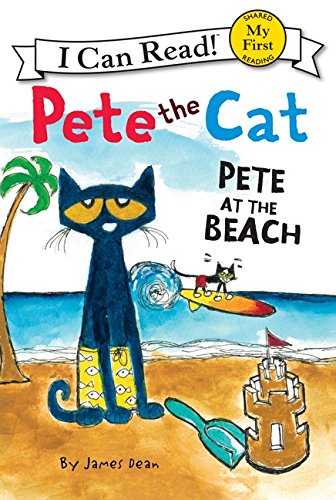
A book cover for Pete the Cat: Pete at the Beach (My First I Can Read); James Dean; Children's Books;